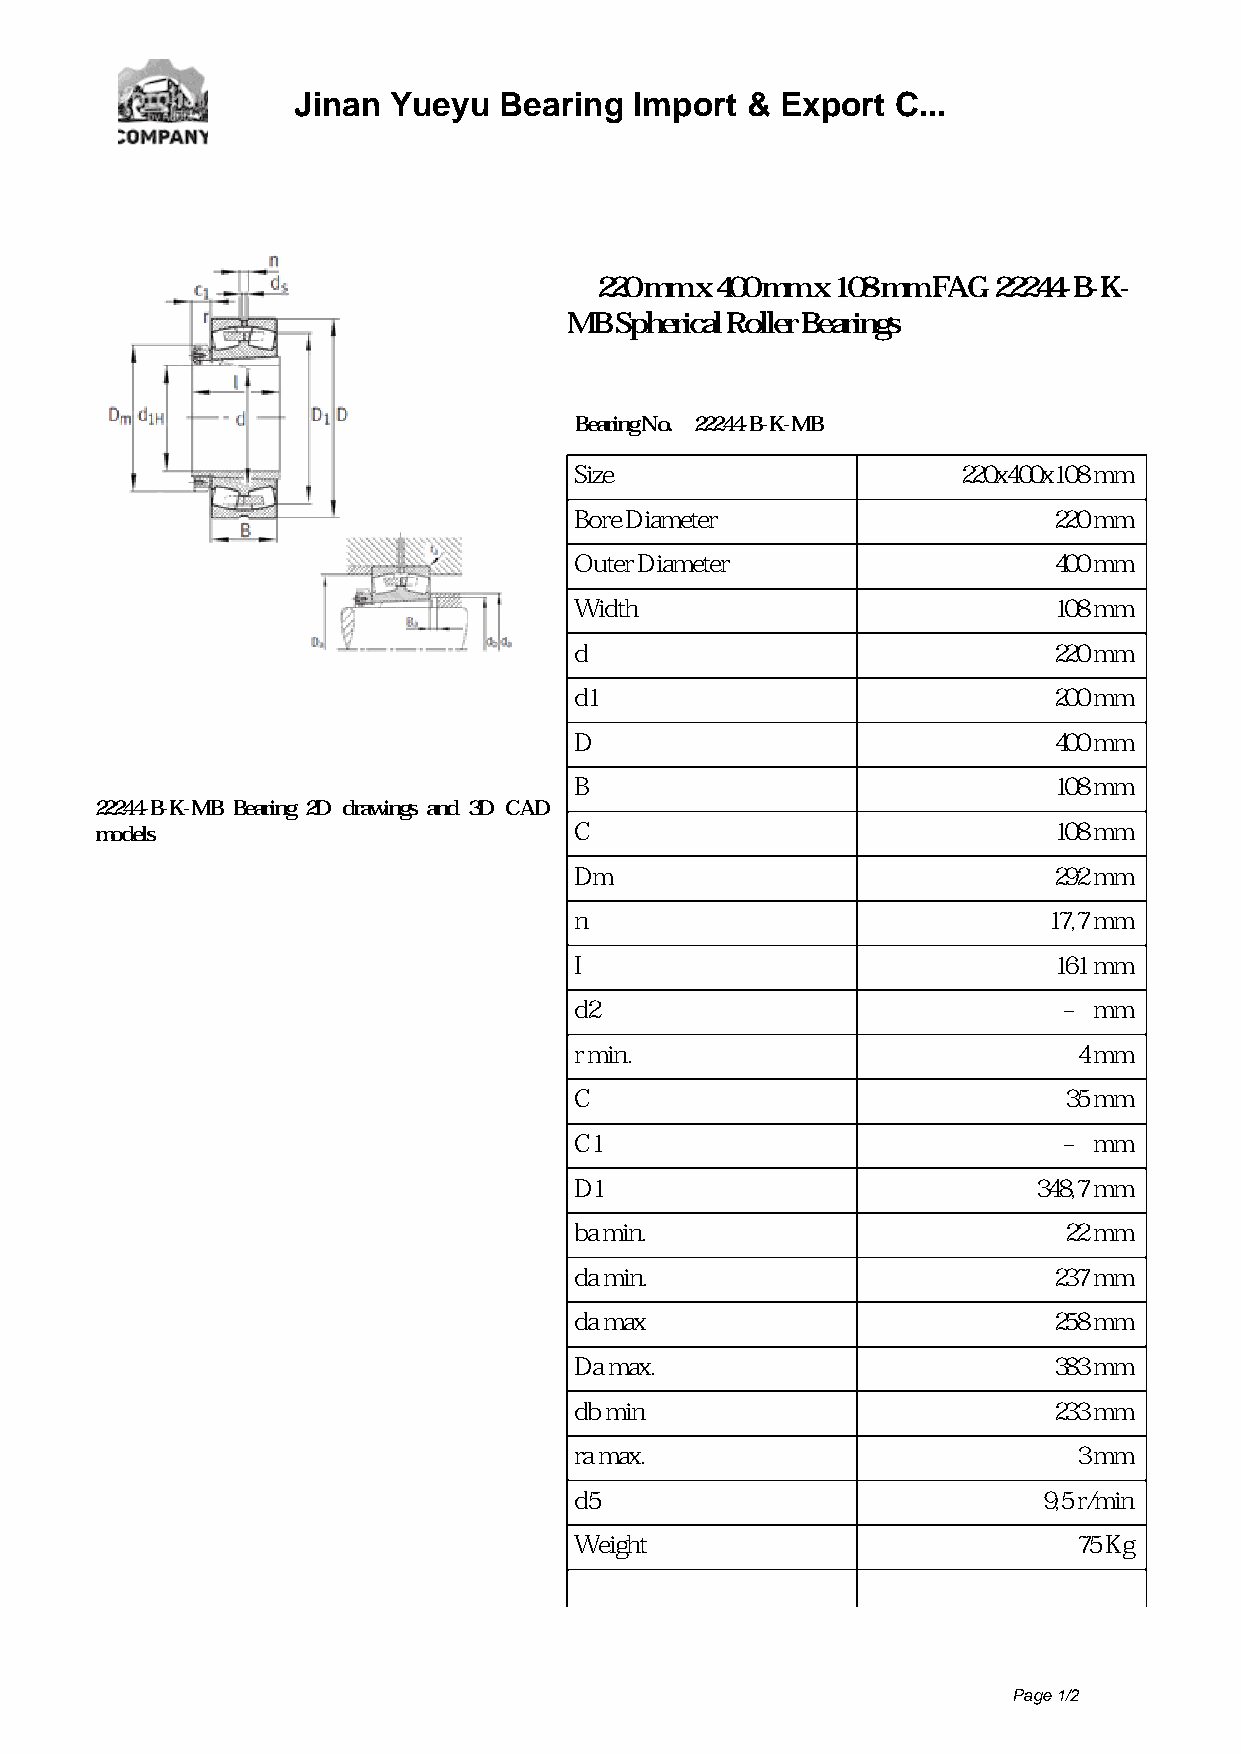
Jinan  Yueyu  Bearing  Import &  Export C...
 220 mm x 400 mm x 108 mm FAG 22244-B-K-
 MB Spherical Roller Bearings
 Bearing No. 22244-B-K-MB
 Size                      220x400x108 mm
 Bore Diameter                   220 mm
 Outer Diameter                  400 mm
 Width                           108 mm
 d                               220 mm
 d1                              200 mm
 D                               400 mm
 B                               108 mm
 22244-B-K-MB Bearing 2D drawings and 3D CAD
 models                          C                               108 mm
 Dm                              292 mm
 n                              17,7 mm
 I                               161 mm
 d2                              – mm
 r min.                           4 mm
 C                               35 mm
 C1                              – mm
 D1                             348,7 mm
 ba min.                         22 mm
 da min.                         237 mm
 da max                          258 mm
 Da max.                         383 mm
 db min                          233 mm
 ra max.                          3 mm
 d5                             9,5 r/min
 Weight                           75 Kg
 Page 1/2